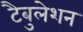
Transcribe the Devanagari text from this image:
टैबुलेशन